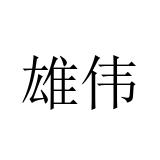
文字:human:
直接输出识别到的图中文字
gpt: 雄伟